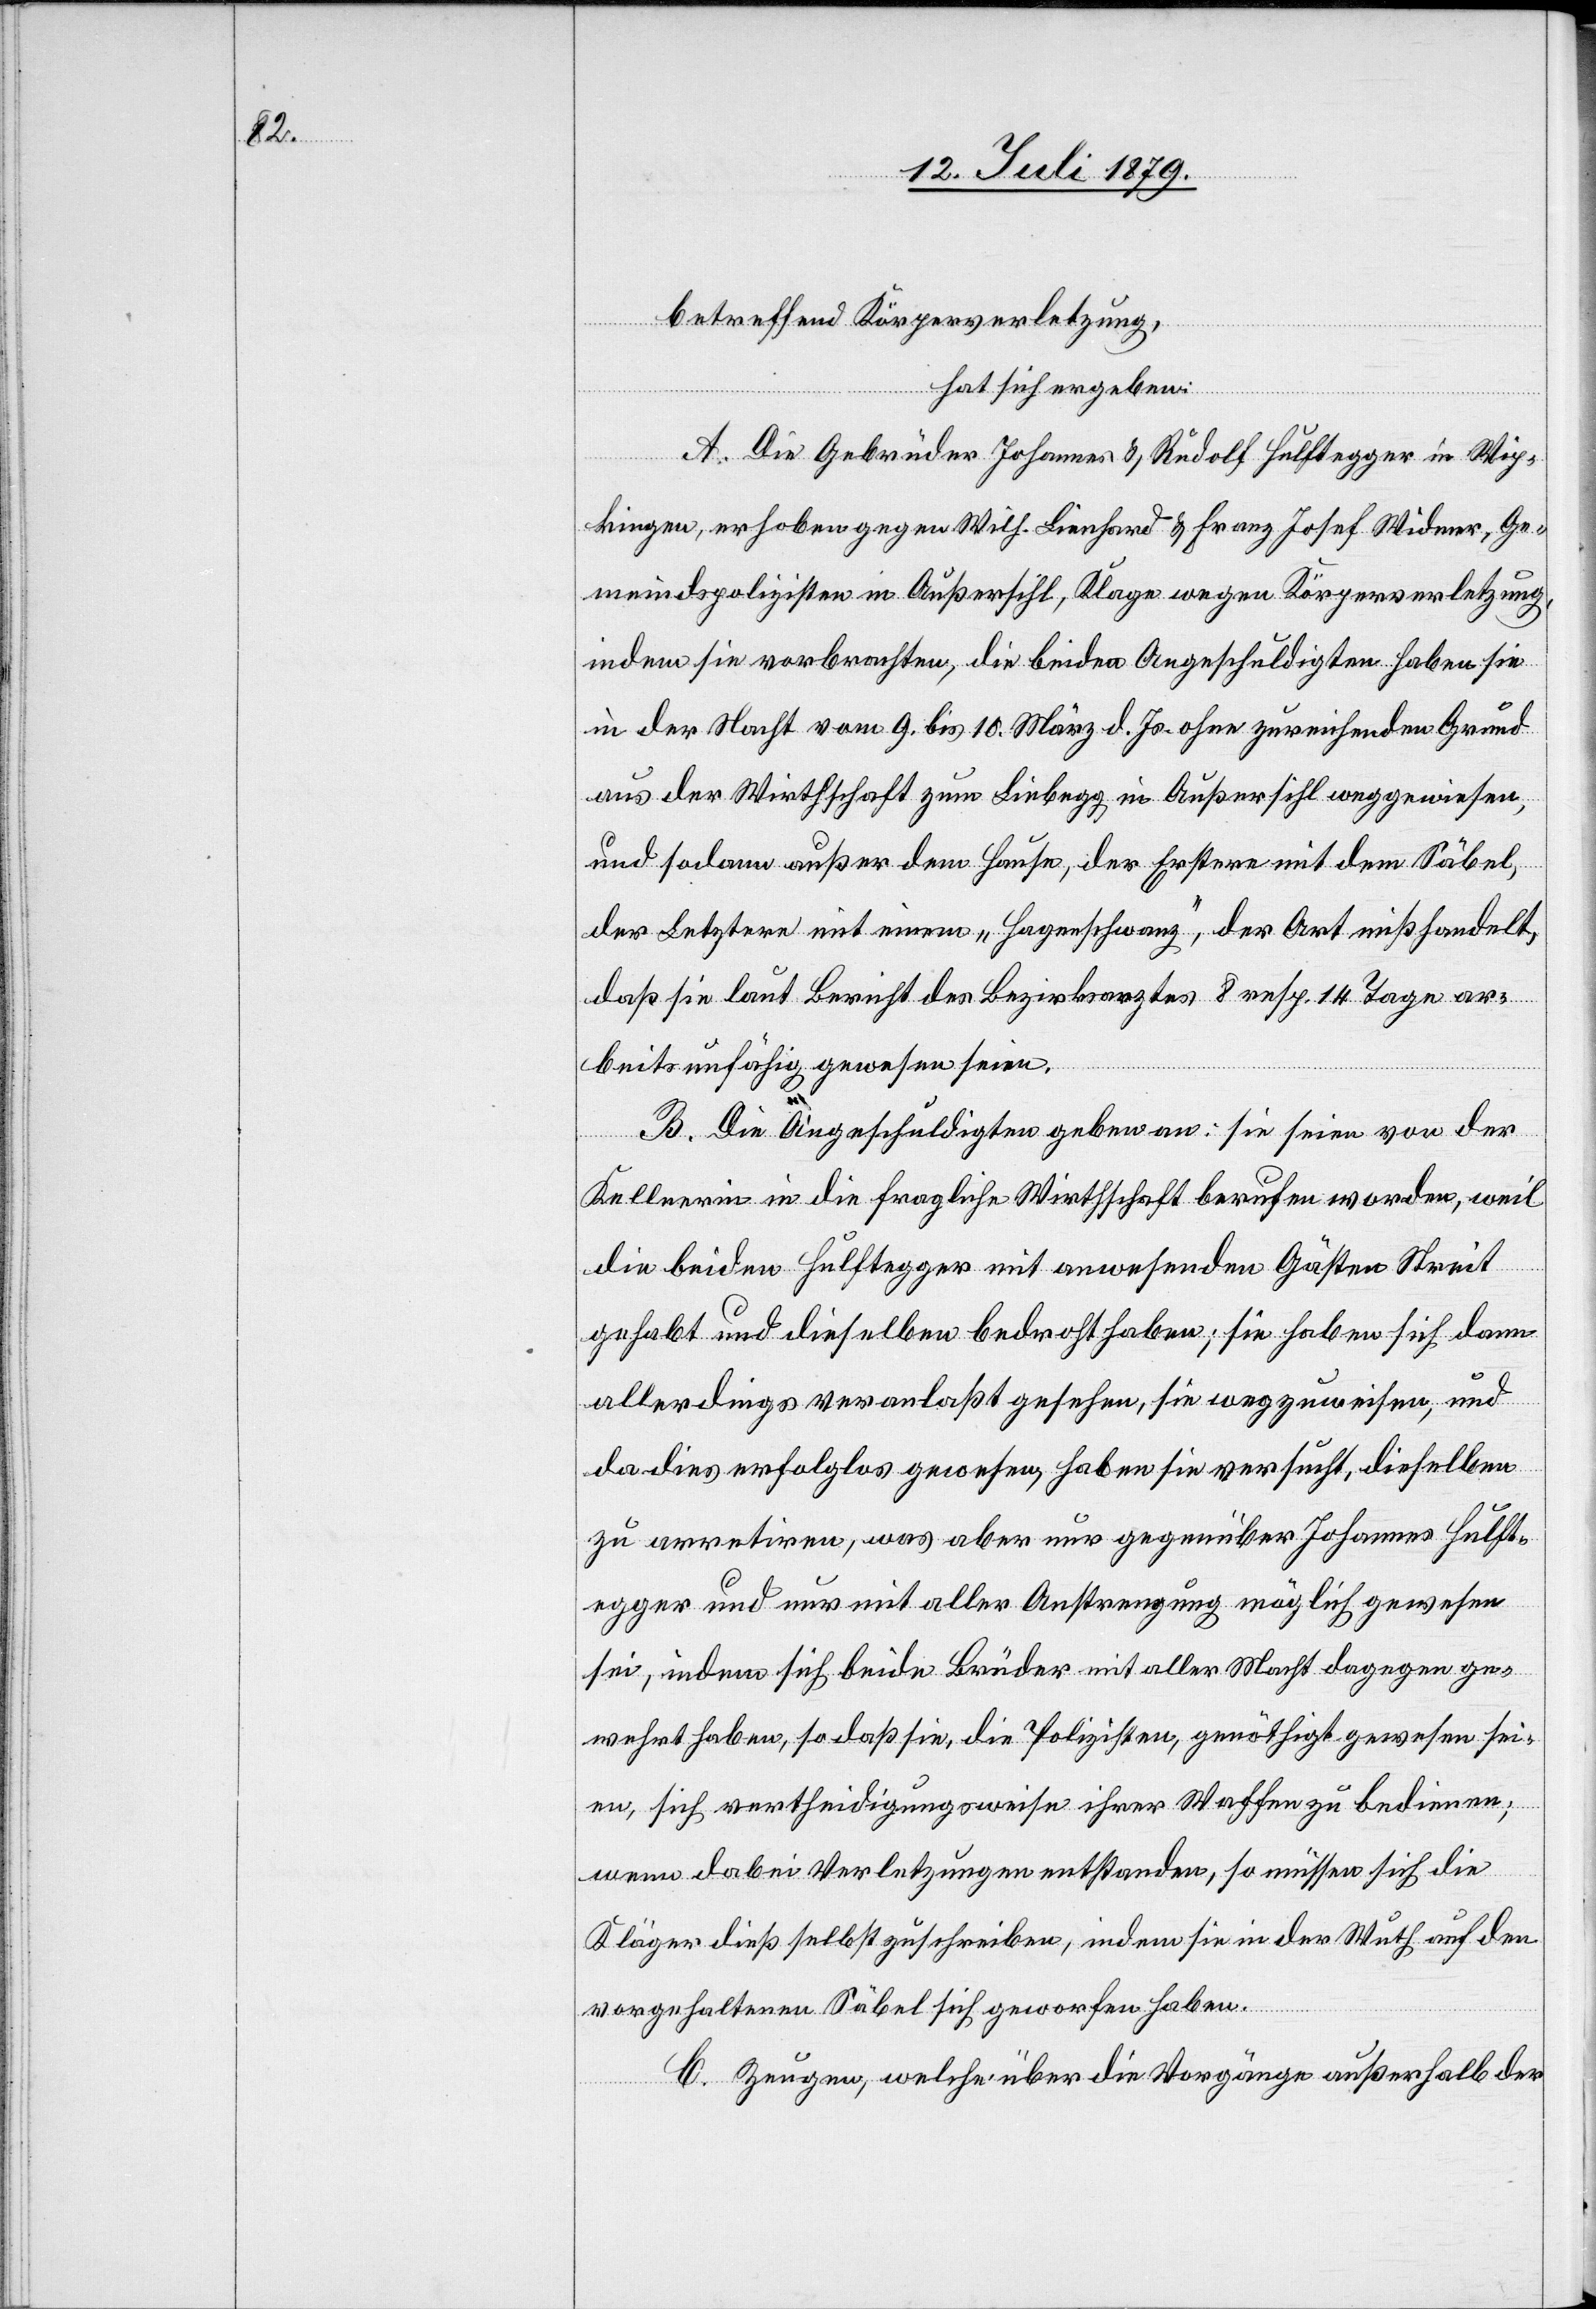
betreffend Körperverletzung,
hat sich ergeben:
A. Die Gebrüder Johannes & Rudolf Hulftegger in Wip¬
kingen, erhoben gegen Wilh. Lienhard & Franz Josef Widmer, Ge¬
meindspolizisten in Außersihl, Klage wegen Körperverletzung,
indem sie vorbrachten, die beiden Angeschuldigten haben sie
in der Nacht vom 9. bis 10. März d. Js. ohne zureichenden Grund
aus der Wirthschaft zum Liebegg in Außersihl weggewiesen,
und sodann außer dem Hause, der Erstere mit dem Säbel,
der Letztere mit einem „Hagenschwanz“, der Art mißhandelt,
daß sie laut Bericht des Bezirksarztes 8 resp. 14 Tage ar¬
beitsunfähig gewesen seien.
B. Die Angeschuldigten geben an: sie seien von der
Kellnerin in die fragliche Wirthschaft berufen worden, weil
die beiden Hulftegger mit anwesenden Gästen Streit
gehabt und dieselben bedroht haben; sie haben sich dann
allerdings veranlaßt gesehen, sie wegzuweisen, und
da dies erfolglos gewesen, haben sie versucht, dieselben
zu arretiren, was aber nur gegenüber Johannes Hulft¬
egger und nur mit aller Anstrengung möglich gewesen
sei, indem sich beide Brüder mit aller Macht dagegen ge¬
wehrt haben, so daß sie, die Polizisten, genöthigt gewesen sei¬
en, sich vertheidigungsweise ihrer Waffen zu bedienen;
wenn dabei Verletzungen entstanden, so müssen sich die
Kläger dieß selbst zuschreiben, indem sie in der Wuth auf den
vorgehaltenen Säbel sich geworfen haben.
C. Zeugen, welche über die Vorgänge außerhalb der